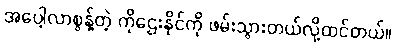
အပေါ့လာစွန့်တဲ့ ကိုဌေးနိုင်ကို ဖမ်းသွားတယ်လို့ထင်တယ်။